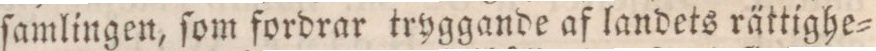
ſamlingen, ſom fordrar tryggande af landets rättighe=